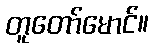
တူတော်မောင်။